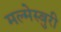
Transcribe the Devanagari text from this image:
मल्मेस्बुरी